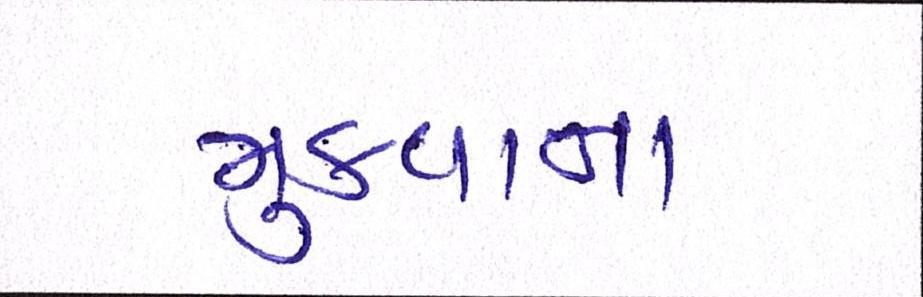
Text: મુકવાના